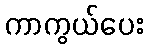
ကာကွယ်ပေး